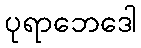
ပုရာဘေဒေါ